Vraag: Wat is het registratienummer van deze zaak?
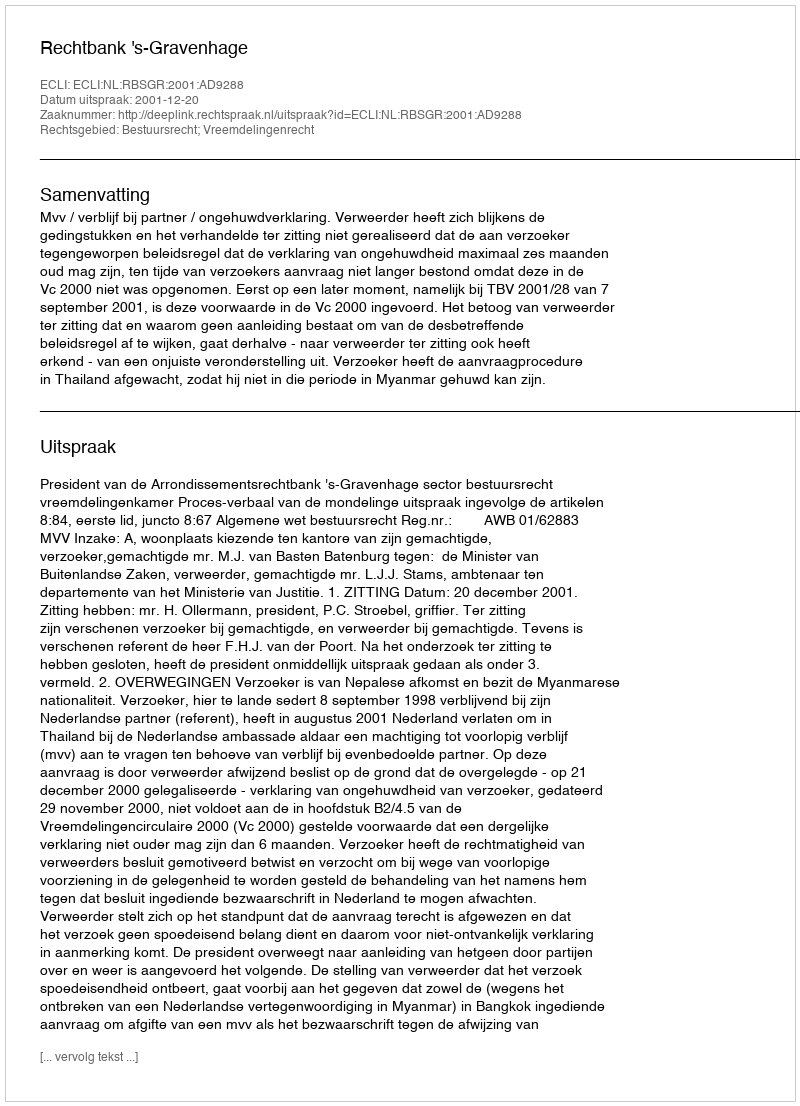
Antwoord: http://deeplink.rechtspraak.nl/uitspraak?id=ECLI:NL:RBSGR:2001:AD9288